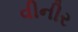
વીનીર